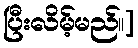
ပြီးလိမ့်မည်။]